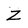
Character: Z